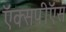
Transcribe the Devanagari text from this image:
ऍक्सपीऍस